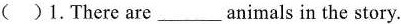
( )1.There are_ animals in the story.